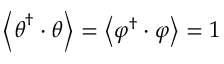
\left\langle \boldsymbol { \theta } ^ { \dagger } \cdot \boldsymbol { \theta } \right\rangle = \left\langle \boldsymbol { \varphi } ^ { \dagger } \cdot \boldsymbol { \varphi } \right\rangle = 1